Code of medical and sanitary regulations for the guidance of medical officers serving in the Madras Presidency - Volume I
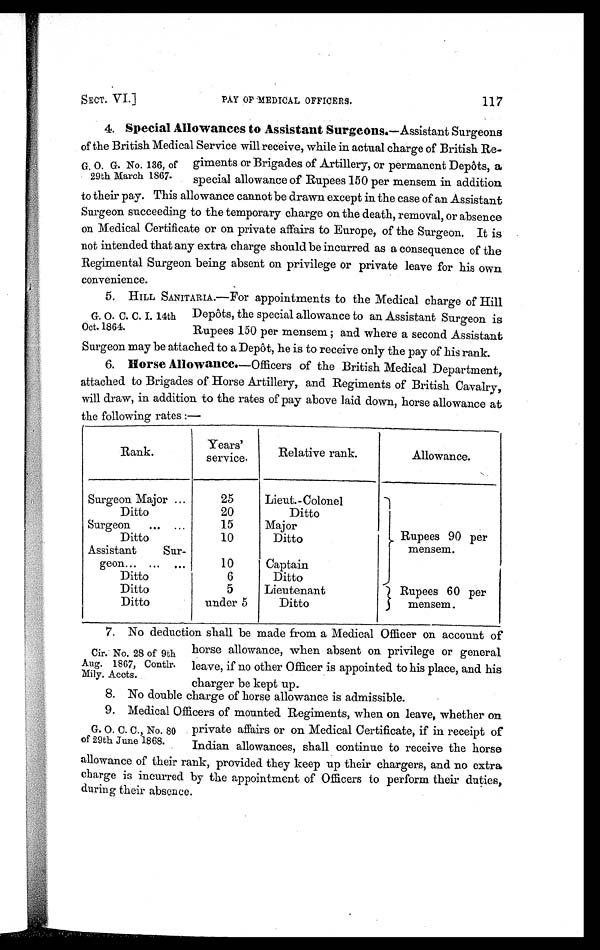
SECT. VI.]
PAY OF MEDICAL OFFICERS.
117
4. Special Allowances to Assistant Surgeons.—Assistant Surgeons
of the British Medical Service will receive, while in actual charge of British Re-
G. O. G. No. 136, of giments or Brigades of Artillery, or permanent Depots, a
29th March 1867 special allowance of Rupees 150 per mensem in addition
to their pay. This allowance cannot be drawn except in the case of an Assistant
Surgeon succeeding to the temporary charge on the death, removal, or absence
on Medical Certificate or on private affairs to Europe, of the Surgeon. It is
not intended that any extra charge should be incurred as a consequence of the
Regimental Surgeon being absent on privilege or private leave for his own
convenience.
5., HILL SANITARIA.—For appointments to the Medical charge of Hill
G. O. C. C. I. 14th Depots, the special allowance to an Assistant Surgeon is
Oct. 1864.
Rupees 150 per mensem; and where a second Assistant
Surgeon may be attached to a Depot, he is to receive only the pay of his rank.
6. Horse Allowance .—Officers of the British Medical Department,
attached to Brigades of Horse Artillery, and Regiments of British Cavalry,
will draw, in addition to the rates of pay above laid down, horse allowance at
t h e f o l l o wi n g r a t e s : —
Rank.
Years'
service. Relative rank.
Allowance.
Surgeon Major ...
25 Lieut.-Colonel
Rupees 90 per
mensem .
I
Ditto
20
Ditto
Surgeon ... ...
15 Major
Ditto
10
Ditto
Assistant Sur-
geon... ... ...
10 Captain
Ditto
6
Ditto
J Rupees 60 per
mensem.
Ditto
5
Ditto
under 5 Ditto
7. No deduction shall be made from a Medical Officer on account of
Cir. No. 28 of 9th horse allowance, when absent on privilege or general
Aug. 1867, Contlr leave, if no other Officer is appointed to his place, and his
Mily. Accts.
charger be kept up.
8 . N o d o u b l e c h a r g e o f h o r s e a l l o w a n c e i s a d m i s s i b l e .
9 . M e d i c a l O f f i c e r s o f m o u n t e d R e g i m e n t s , w h e n o n l e a v e , w h e t h e r o n
G. O. C. C. No. 80 private affairs or on Medical Certificate, if in receipt of
of 29th June 1868. Indian allowances, shall continue to receive the horse
allowance of their rank, provided they keep up their chargers, and no extra
charge is incurred by the appointment of Officers to perform their duties,
during their absence.